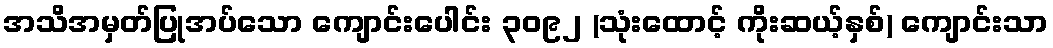
အသိအမှတ်ပြုအပ်သော ကျောင်းပေါင်း ၃၀၉၂ (သုံးထောင့် ကိုးဆယ့်နှစ်) ကျောင်းသာ